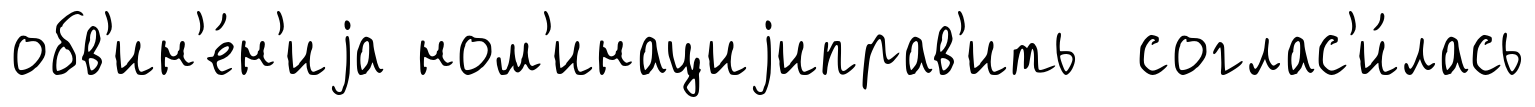
обв'ин'е́н'иjа ном'инациjиправ'ить соглас'и́лась